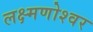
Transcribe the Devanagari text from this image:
लक्ष्मणोश्वर